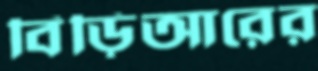
বিড়িআরের